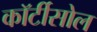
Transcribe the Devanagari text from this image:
कॉर्टीसोल